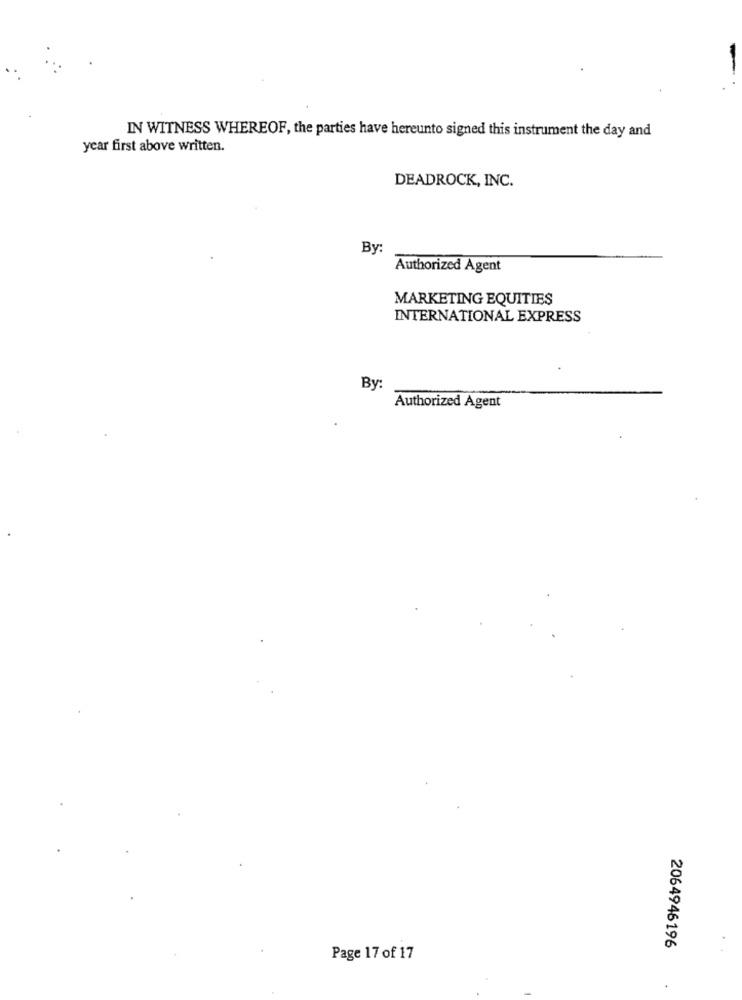
IN WITNESS WHEREOF, the parties have hereunto signed this instrument the day and
year first above written.
DEADROCK, INC.
By:
Authorized Agent
MARKETING EQUITIES
INTERNATIONAL EXPRESS
By:
Authorized Agent
2064946196
Page 17 of 17